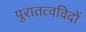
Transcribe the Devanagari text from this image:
पुरातत्‍वविदों